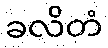
ခလိတံ